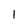
Character: 1